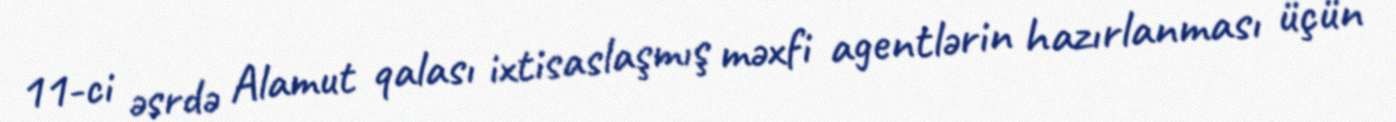
11-ci əsrdə Alamut qalası ixtisaslaşmış məxfi agentlərin hazırlanması üçün